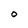
Character: O